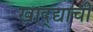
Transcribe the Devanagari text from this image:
खाद्द्याची